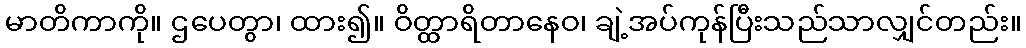
မာတိကာကို။ ဌပေတွာ၊ ထား၍။ ဝိတ္ထာရိတာနေဝ၊ ချဲ့အပ်ကုန်ပြီးသည်သာလျှင်တည်း။